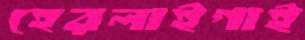
হেরলাইগাই